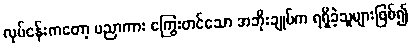
လုပ်ငန်းကတော့ ပညာကား ကြွေးတင်သော အဘိုးချုပ်က ရရှိခဲ့သူများဖြစ်၍